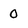
Character: 0